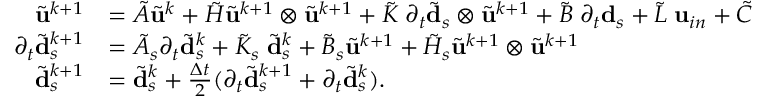
\begin{array} { r l } { \tilde { \mathbf { u } } ^ { k + 1 } } & { = \tilde { A } \tilde { \mathbf { u } } ^ { k } + \tilde { H } \tilde { \mathbf { u } } ^ { k + 1 } \otimes \tilde { \mathbf { u } } ^ { k + 1 } + \tilde { K } \; \partial _ { t } \tilde { \mathbf { d } } _ { s } \otimes \tilde { \mathbf { u } } ^ { k + 1 } + \tilde { B } \; \partial _ { t } \mathbf { d } _ { s } + \tilde { L } \; \mathbf { u } _ { i n } + \tilde { C } } \\ { \partial _ { t } \tilde { \mathbf { d } } _ { s } ^ { k + 1 } } & { = \tilde { A } _ { s } \partial _ { t } \tilde { \mathbf { d } } _ { s } ^ { k } + \tilde { K } _ { s } \; \tilde { \mathbf { d } } _ { s } ^ { k } + \tilde { B } _ { s } \tilde { \mathbf { u } } ^ { k + 1 } + \tilde { H } _ { s } \tilde { \mathbf { u } } ^ { k + 1 } \otimes \tilde { \mathbf { u } } ^ { k + 1 } } \\ { \tilde { \mathbf { d } } _ { s } ^ { k + 1 } } & { = \tilde { \mathbf { d } } _ { s } ^ { k } + \frac { \Delta t } { 2 } ( \partial _ { t } \tilde { \mathbf { d } } _ { s } ^ { k + 1 } + \partial _ { t } \tilde { \mathbf { d } } _ { s } ^ { k } ) . } \end{array}